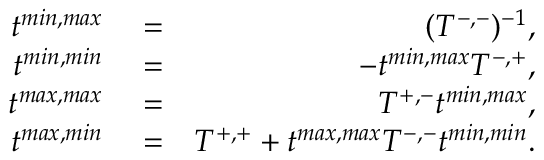
\begin{array} { r l r } { t ^ { m i n , m a x } } & { { } = } & { ( T ^ { - , - } ) ^ { - 1 } , } \\ { t ^ { m i n , m i n } } & { { } = } & { - t ^ { m i n , m a x } T ^ { - , + } , } \\ { t ^ { m a x , m a x } } & { { } = } & { T ^ { + , - } t ^ { m i n , m a x } , } \\ { t ^ { m a x , m i n } } & { { } = } & { T ^ { + , + } + t ^ { m a x , m a x } T ^ { - , - } t ^ { m i n , m i n } . } \end{array}